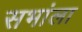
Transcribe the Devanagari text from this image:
सभांला